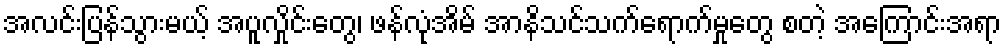
အလင်းပြန်သွားမယ့် အပူလှိုင်းတွေ၊ ဖန်လုံအိမ် အာနိသင်သက်ရောက်မှုတွေ စတဲ့ အကြောင်းအရာ